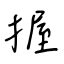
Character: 握